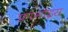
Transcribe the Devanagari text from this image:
फ्रानोइस